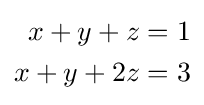
{\begin{aligned}x+y+z&=1\\x+y+2z&=3\end{aligned}}